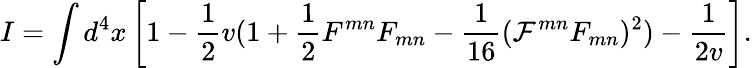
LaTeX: I=\int d^{4}x\left[1-\frac{1}{2}v(1+\frac{1}{2}F^{mn}F_{mn}-\frac{1}{16}({\cal{F}}^{mn}F_{mn})^{2})-\frac{1}{2v}\right].